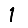
Digit: 1